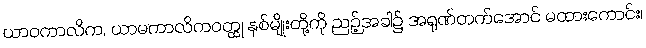
ယာဝကာလိက, ယာမကာလိကဝတ္ထု နှစ်မျိုးတို့ကို ညဉ့်အခါ၌ အရုဏ်တက်အောင် မထားကောင်း၊